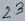
Text: 23